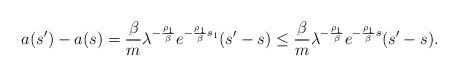
LaTeX: \begin{align*}a(s')-a(s)=\frac{\beta}{m}\lambda^{-\frac{\rho_1}{\beta}}e^{-\frac{\rho_1}{\beta}s_1}(s'-s)\le\frac{\beta}{m}\lambda^{-\frac{\rho_1}{\beta}}e^{-\frac{\rho_1}{\beta}s}(s'-s).\end{align*}